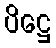
ပိဋ္ဌေ